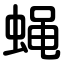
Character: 蝇